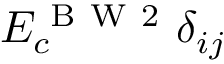
E _ { c } ^ { \mathrm { ~ B ~ W ~ 2 ~ } } \delta _ { i j }